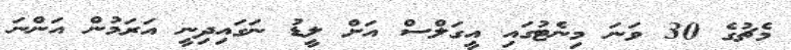
މެޗުގެ 30 ވަނަ މިނެޓުގައި އީގަލްސް އަށް ލީޑު ނަގައިދިނީ އަރަމުން އަންނަ